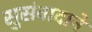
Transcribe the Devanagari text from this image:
सुसंवादाने